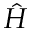
\hat { H }